Vaccination North-Western Provinces 1866-1877 - 1866-1877
Year: 1866
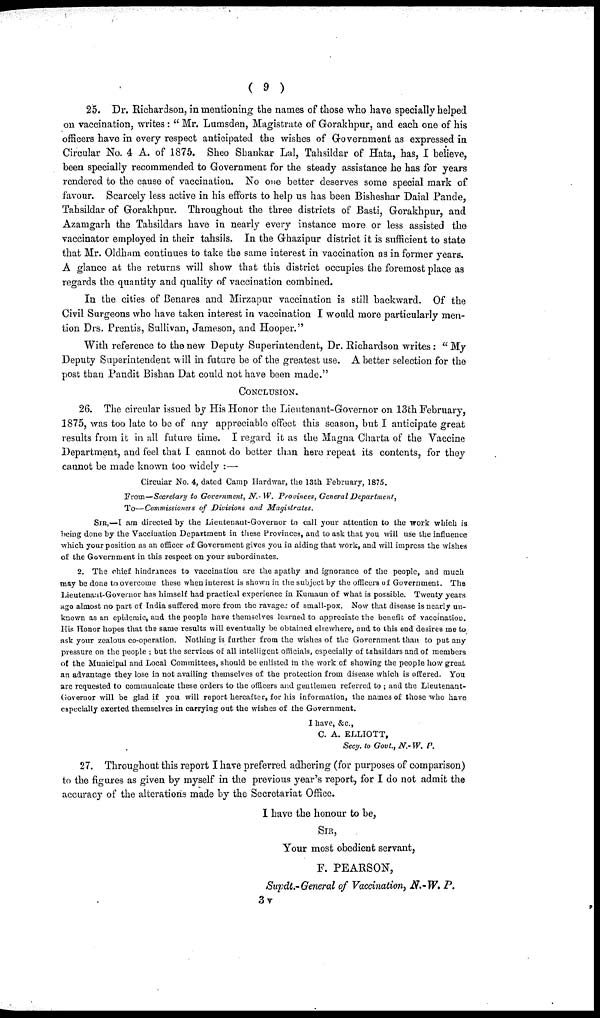
( 9 )
25. Dr. Richardson, in mentioning the names of those who have specially helped
on vaccination, writes : " Mr. Lumsden, Magistrate of Gorakhpur, and each one of his
officers have in every respect anticipated the wishes of Government as expressed in
Circular No. 4 A. of 1875. Sheo Shankar Lal, Tahsildar of Hata, has, I believe,
been specially recommended to Government for the steady assistance he has for years
rendered to the cause of vaccination. No one better deserves some special mark of
favour. Scarcely less active in his efforts to help us has been Bisheshar Daial Pande,
Tahsildar of Gorakhpur. Throughout the three districts of Basti, Gorakhpur, and
Azamgarh the Tahsildars have in nearly every instance more or less assisted the
vaccinator employed in their tahsils. In the Ghazipur district it is sufficient to state
that Mr. Oldham continues to take the same interest in vaccination as in former years.
A glance at the returns will show that this district occupies the foremost place as
regards the quantity and quality of vaccination combined.
In the cities of Benares and Mirzapur vaccination is still backward. Of the
Civil Surgeons who have taken interest in vaccination I would more particularly men-
tion Drs. Prentis, Sullivan, Jameson, and Hooper."
With reference to the new Deputy Superintendent, Dr. Richardson writes : " My
Deputy Superintendent will in future be of the greatest use. A better selection for the
post than Pandit Bishan Dat could not have been made."
CONCLUSION.
26. The circular issued by His Honor the Lieutenant-Governor on 13th February,
1875, was too late to be of any appreciable effect this season, but I anticipate great
results from it in all future time. I regard it as the Magna Charta of the Vaccine
Department, and feel that I cannot do better than here repeat its contents, for they
cannot be made known too widely :—
Circular No. 4, dated Camp Hardwar, the 13th February, 1875.
FROM—Secretary to Government, N.- W. Provinces, General Department,
TO—Commissioners of Divisions and Magistrates.
SIR,—I am directed by the Lieutenant-Governor to call your attention to the work which is
being done by the Vaccination Department in these Provinces, and to ask that you will use the influence
which your position as an officer of Government gives you in aiding that work, and will impress the wishes
of the Government in this respect on your subordinates.
2. The chief hindrances to vaccination are the apathy and ignorance of the people, and much
may be done to overcome these when interest is shown in the subject by the officers of Government. The
Lieutenant-Governor has himself had practical experience in Kumaun of what is possible. Twenty years
ago almost no part of India suffered more from the ravages of small-pox. Now that disease is nearly un-
known as an epidemic, and the people have themselves learned to appreciate the benefit of vaccination.
His Honor hopes that the same results will eventually be obtained elsewhere, and to this end desires me to
ask your zealous co-operation. Nothing is further from the wishes of the Government than to put any
pressure on the people ; but the services of all intelligent officials, especially of tahsildars and of members
of the Municipal and Local Committees, should be enlisted in the work of showing the people how great
an advantage they lose in not availing themselves of the protection from disease which is offered. You
are requested to communicate these orders to the officers and gentlemen referred to ; and the Lieutenant¬
Governor will be glad if you will report hereafter, for his information, the names of those who have
especially exerted themselves in carrying out the wishes of the Government.
I have, &c.,
C. A. ELLIOTT,
Secy. to Govt., N.- W. P.
27. Throughout this report I have preferred adhering (for purposes of comparison)
to the figures as given by myself in the previous year's report, for I do not admit the
accuracy of the alterations made by the Secretariat Office.
I have the honour to be,
SIR,
Your most obedient servant,
F. PEARSON,
Supdt.-General of Vaccination N.-W. P.
3v